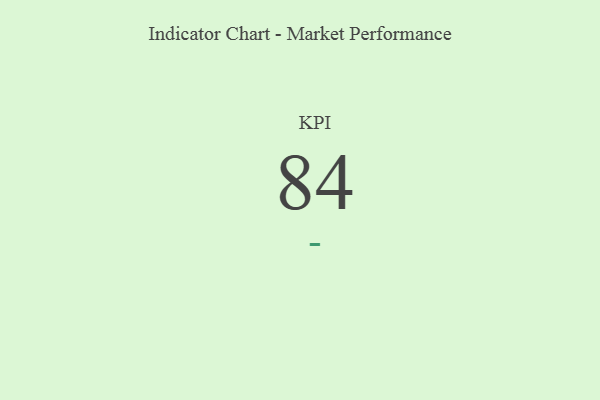
{"axis": {"x": "KPI", "y": "Value"}, "legend": [""], "data": [{"x": "KPI", "y": 84, "type": ""}]}